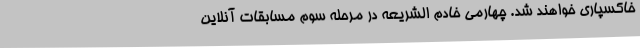
خاکسپاری خواهند شد. چهارمی خادم الشریعه در مرحله سوم مسابقات آنلاین